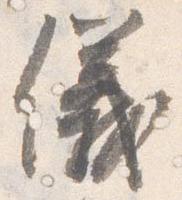
儀